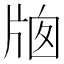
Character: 𤗄